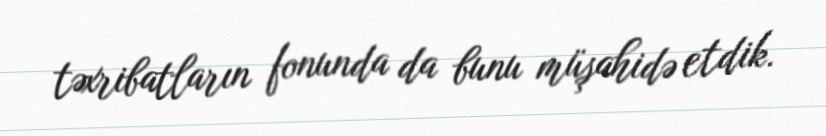
təxribatların fonunda da bunu müşahidə etdik.